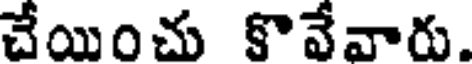
చేయించు కొవేవారు.